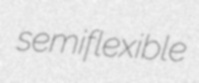
semiflexible